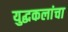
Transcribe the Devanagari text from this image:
युद्धकलांचा